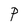
Character: P